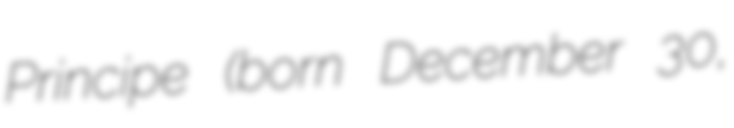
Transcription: Principe (born December 30,